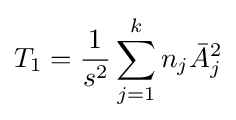
T_{1}={\frac {1}{s^{2}}}\sum _{j=1}^{k}n_{j}{\bar {A}}_{j}^{2}